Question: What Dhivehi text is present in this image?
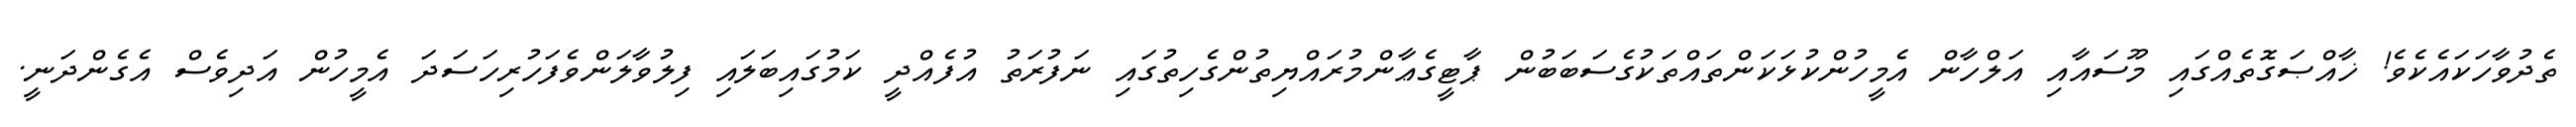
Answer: ތެދުވާހަކައެކެވެ! ޚާއްޞަގޮތެއްގައި މޫސައާއި އަލްހާން އެމީހުންކުޅަކަންތައްތަކުގެސަބަބުން ޕާޓީގެޢާންމުރައްޔިތުންގެހިތުގައި ނަފުރަތު އުފެއްދީ ކަމުގައިބަލައި ފިލުވާލަންވެފަހުރިހަސަދަ އެމީހުން އަދިވެސް އެގެންދަނީ.